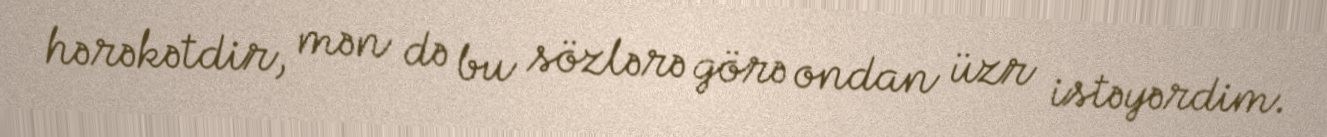
hərəkətdir, mən də bu sözlərə görə ondan üzr istəyərdim.